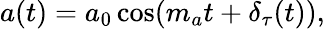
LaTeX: \begin{array}{r}{a(t)=a_{0}\cos(m_{a}t+\delta_{\tau}(t)),}\end{array}